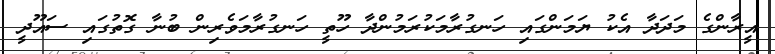
އީރާންގެ މަދަދާ އެކު ޔަމަންގައި ހަނގުރާމަކުރަމުންދާ ހޫތީ ހަނގުރާމަވެރިން ބުނާ ގޮތުގައި ސައޫދީ